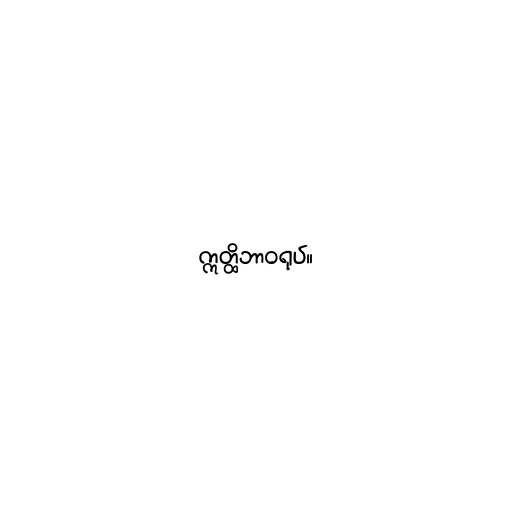
ဣတ္ထိဘာဝရုပ်။